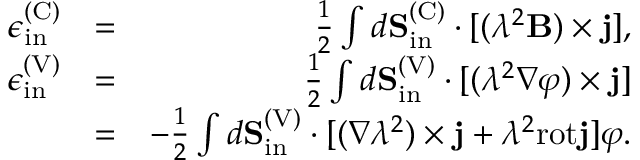
\begin{array} { r l r } { \epsilon _ { \mathrm { i n } } ^ { \mathrm { ( C ) } } } & { = } & { \frac { 1 } { 2 } \int d { \bf S } _ { \mathrm { i n } } ^ { \mathrm { ( C ) } } \cdot [ ( \lambda ^ { 2 } { \bf B } ) \times { \bf j } ] , } \\ { \epsilon _ { \mathrm { i n } } ^ { \mathrm { ( V ) } } } & { = } & { \frac { 1 } { 2 } \int d { \bf S } _ { \mathrm { i n } } ^ { \mathrm { ( V ) } } \cdot [ ( \lambda ^ { 2 } \nabla \varphi ) \times { \bf j } ] } \\ & { = } & { - \frac { 1 } { 2 } \int d { \bf S } _ { \mathrm { i n } } ^ { \mathrm { ( V ) } } \cdot [ ( \nabla \lambda ^ { 2 } ) \times { \bf j } + \lambda ^ { 2 } \mathrm { r o t } { \bf j } ] \varphi . } \end{array}